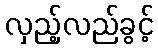
လှည့်လည်ခွင့်